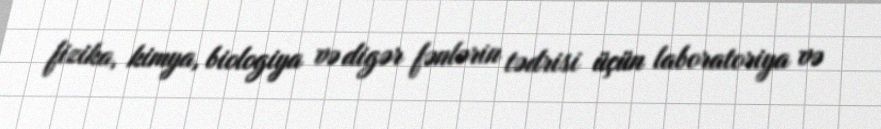
fizika, kimya, biologiya və digər fənlərin tədrisi üçün laboratoriya və